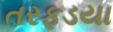
તરફડયા